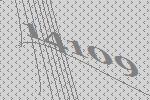
14109